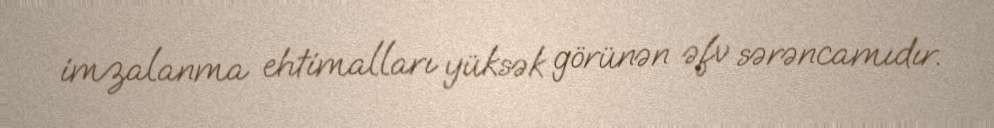
imzalanma ehtimalları yüksək görünən əfv sərəncamıdır.